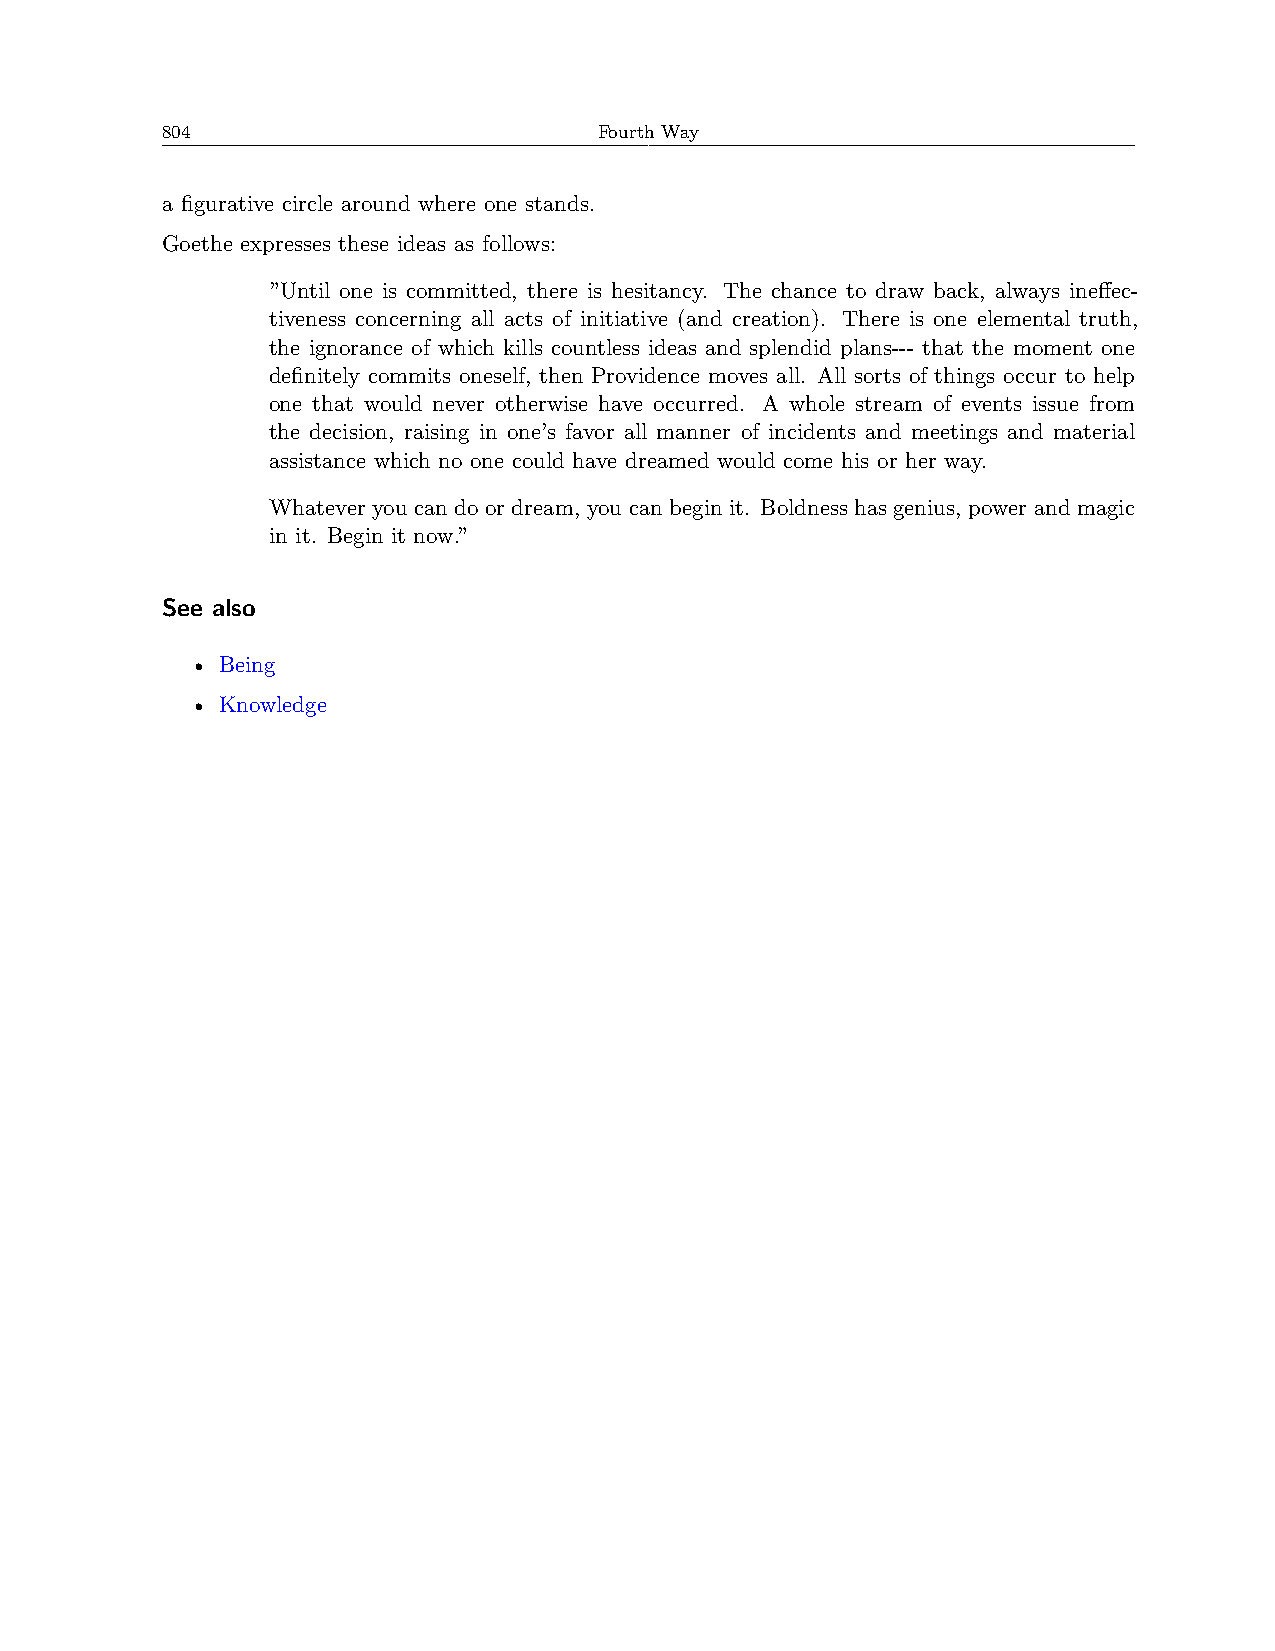
804                          Fourth Way
 a figurative circle around where one stands.
 Goethe expresses these ideas as follows:
 ”Until one is committed, there is hesitancy. The chance to draw back, always ineffec-
 tiveness concerning all acts of initiative (and creation). There is one elemental truth,
 the ignorance of which kills countless ideas and splendid plans--- that the moment one
 definitely commits oneself, then Providence moves all. All sorts of things occur to help
 one that would never otherwise have occurred. A whole stream of events issue from
 the decision, raising in one’s favor all manner of incidents and meetings and material
 assistance which no one could have dreamed would come his or her way.
 Whatever you can do or dream, you can begin it. Boldness has genius, power and magic
 in it. Begin it now.”
 See also
 • Being
 • Knowledge